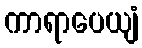
ကာရာပေယျံ